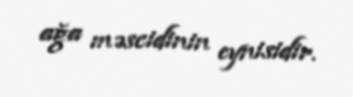
ağa məscidinin eynisidir.